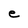
Character: e